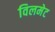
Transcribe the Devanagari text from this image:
विलमेट